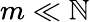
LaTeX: m\ll\mathbb{N}